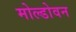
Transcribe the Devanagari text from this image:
मोल्डोवन